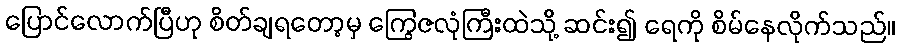
ပြောင်လောက်ပြီဟု စိတ်ချရတော့မှ ကြွေဇလုံကြီးထဲသို့ ဆင်း၍ ရေကို စိမ်နေလိုက်သည်။